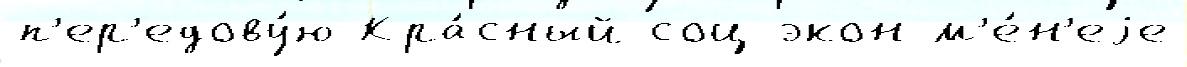
п'ер'едову́ю Кра́сный соц-экон м'е́н'еjе